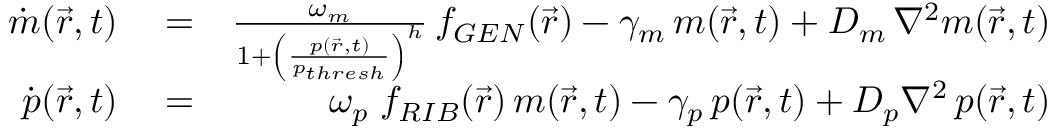
\begin{array} { r l r } { \dot { m } ( \vec { r } , t ) } & { { } = } & { \frac { \omega _ { m } } { 1 + \left( \frac { p ( \vec { r } , t ) } { p _ { t h r e s h } } \right) ^ { h } } \, f _ { G E N } ( \vec { r } ) - \gamma _ { m } \, m ( \vec { r } , t ) + D _ { m } \, \nabla ^ { 2 } m ( \vec { r } , t ) } \\ { \dot { p } ( \vec { r } , t ) } & { { } = } & { \omega _ { p } \; f _ { R I B } ( \vec { r } ) \, m ( \vec { r } , t ) - \gamma _ { p } \, p ( \vec { r } , t ) + D _ { p } \nabla ^ { 2 } \, p ( \vec { r } , t ) } \end{array}